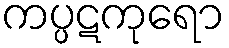
ကပ္ပဋကုရော